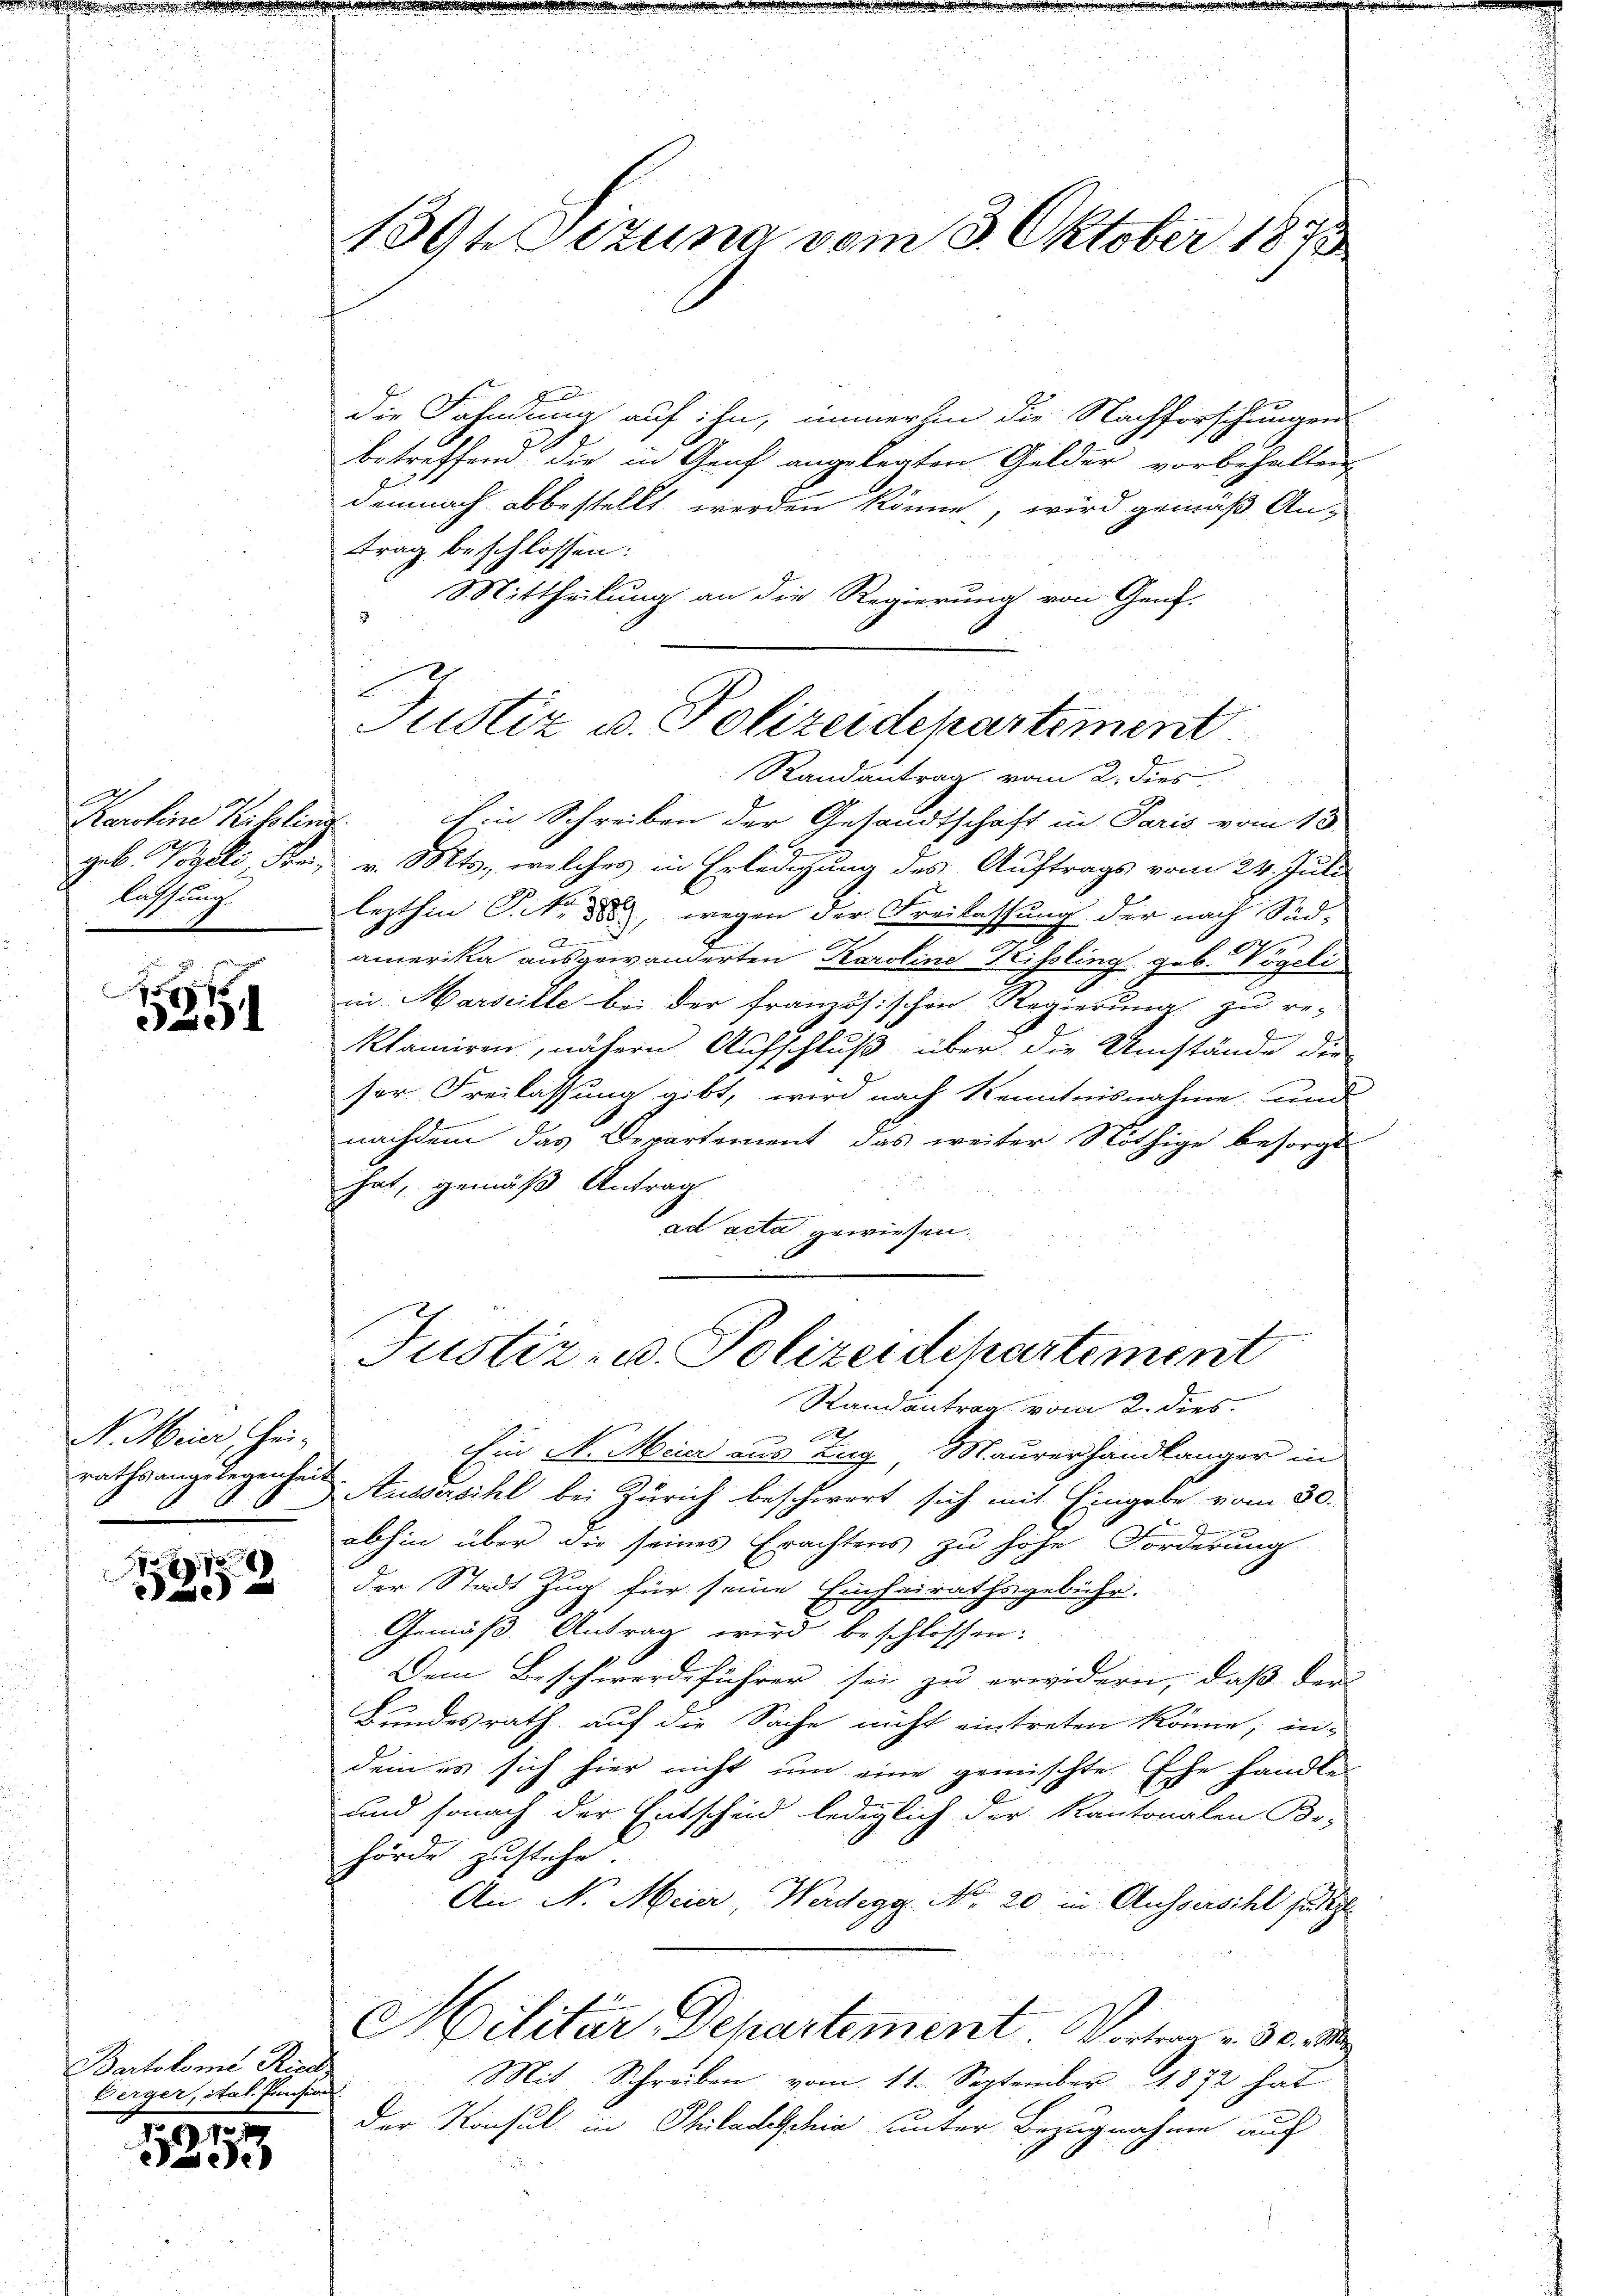
lassung.

e

N. Meier, Heirathsangelegenheit

7
2

Bartolomi Rica
Berger, ital. Pensio

1
Diese

139te Atzuna vom 3. Oktober 1873

A
die Fahndung auf ihn, immerhin die Nachforschungen
betreffend die in Genf angelegten Gelder vorbehalten
demnach abbestellt werden könne, wird gemäß An-
trag beschlossen:
Mittheilung an die Regierung von Gent-
u
Karoline Kitsling in Schreiben der Gesandtschaft in Paris vom 15.
geb. Vogeli, Frau v. Mts., welches in Erledigung des Auftrags vom 24. Juli
lezthin P. Nr. 185, wegen der Freilassung der nach Süd-
amerika ausgewanderten Karoline Heissling geb. Vögeli
in Marseille bei der französischen Regierung zu re-
klamiren, nähern Aufschluß über die Umstände die
ser. Freilassung gibt, wird nach Kenntnisnahme und
nachdem das Departement das weiter Nöthige besorgt
hat, gemäß Antrag
ad acta gewiesen
Justiz- u. Polizeidepartement
Randantrag vom 2. dies

Ein N. Meier aus Zug Maurerhandlänger in
Aussersihl bei Zürich beschwert sich mit Eingabe vom 30.
abhin über die seines Erachtens zu höhe Forderung
der Stadt Zug für seine Einheirathsgebühr.
Gemäß Antrag wird beschlossen:
Dem Beschwerdeführer sei zu erwidern, daß der-
Bundesrath auf die Sache nicht eintreten könne, in-
dem es sich hier nicht um eine gemischte Ehe handle
und sonach der Entscheid lediglich der Kantonalen Be-
hörde zustehe.
An N. Meier, Werdegg, No. 20 in Aussersihl jetzt
Hilitär, Departement. Vortrag v. 30.
Mit Schreiben vom 11. September 1872 hat
ch
der Konsul in Philadeschia unter Bezugnahme auf
7

i
Justiz u. Polizeidepartement
Randantrag vom 2. dies